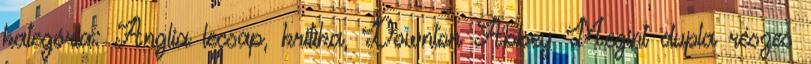
kategória: Anglia lecsap, kritika, Downton Abbey Megint dupla részes